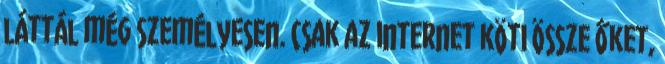
láttál még személyesen. Csak az internet köti össze őket,